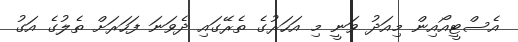
އެސްޓީއޯއިން މިއަދު ވަނީ މި އަހަރުގެ ތެރޭގައި ދެވަނަ ފަހަރަށް ތެލުގެ އަގު